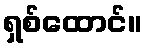
ရှစ်ထောင်။